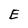
Character: E